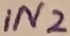
Text: IN2